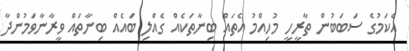
އެކަމުގެ ސަބަބުން ތާރީހީ މުހިއްމު އެތައް ބިނާތަކެއް ގެއްލި ބައެއް ބިނާތައް ވީރާނާވަމުންދާ